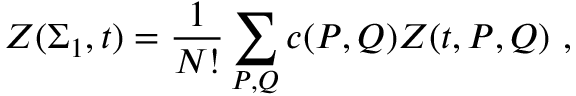
Z ( \Sigma _ { 1 } , t ) = { \frac { 1 } { N ! } } \sum _ { P , Q } c ( P , Q ) Z ( t , P , Q ) ~ ,